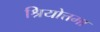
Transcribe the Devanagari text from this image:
श्रियोत्तमा